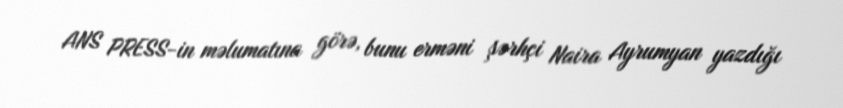
ANS PRESS-in məlumatına görə, bunu erməni şərhçi Naira Ayrumyan yazdığı